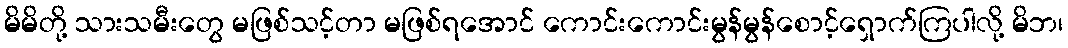
မိမိတို့ သားသမီးတွေ မဖြစ်သင့်တာ မဖြစ်ရအောင် ကောင်းကောင်းမွန်မွန်စောင့်ရှောက်ကြပါလို့ မိဘ၊